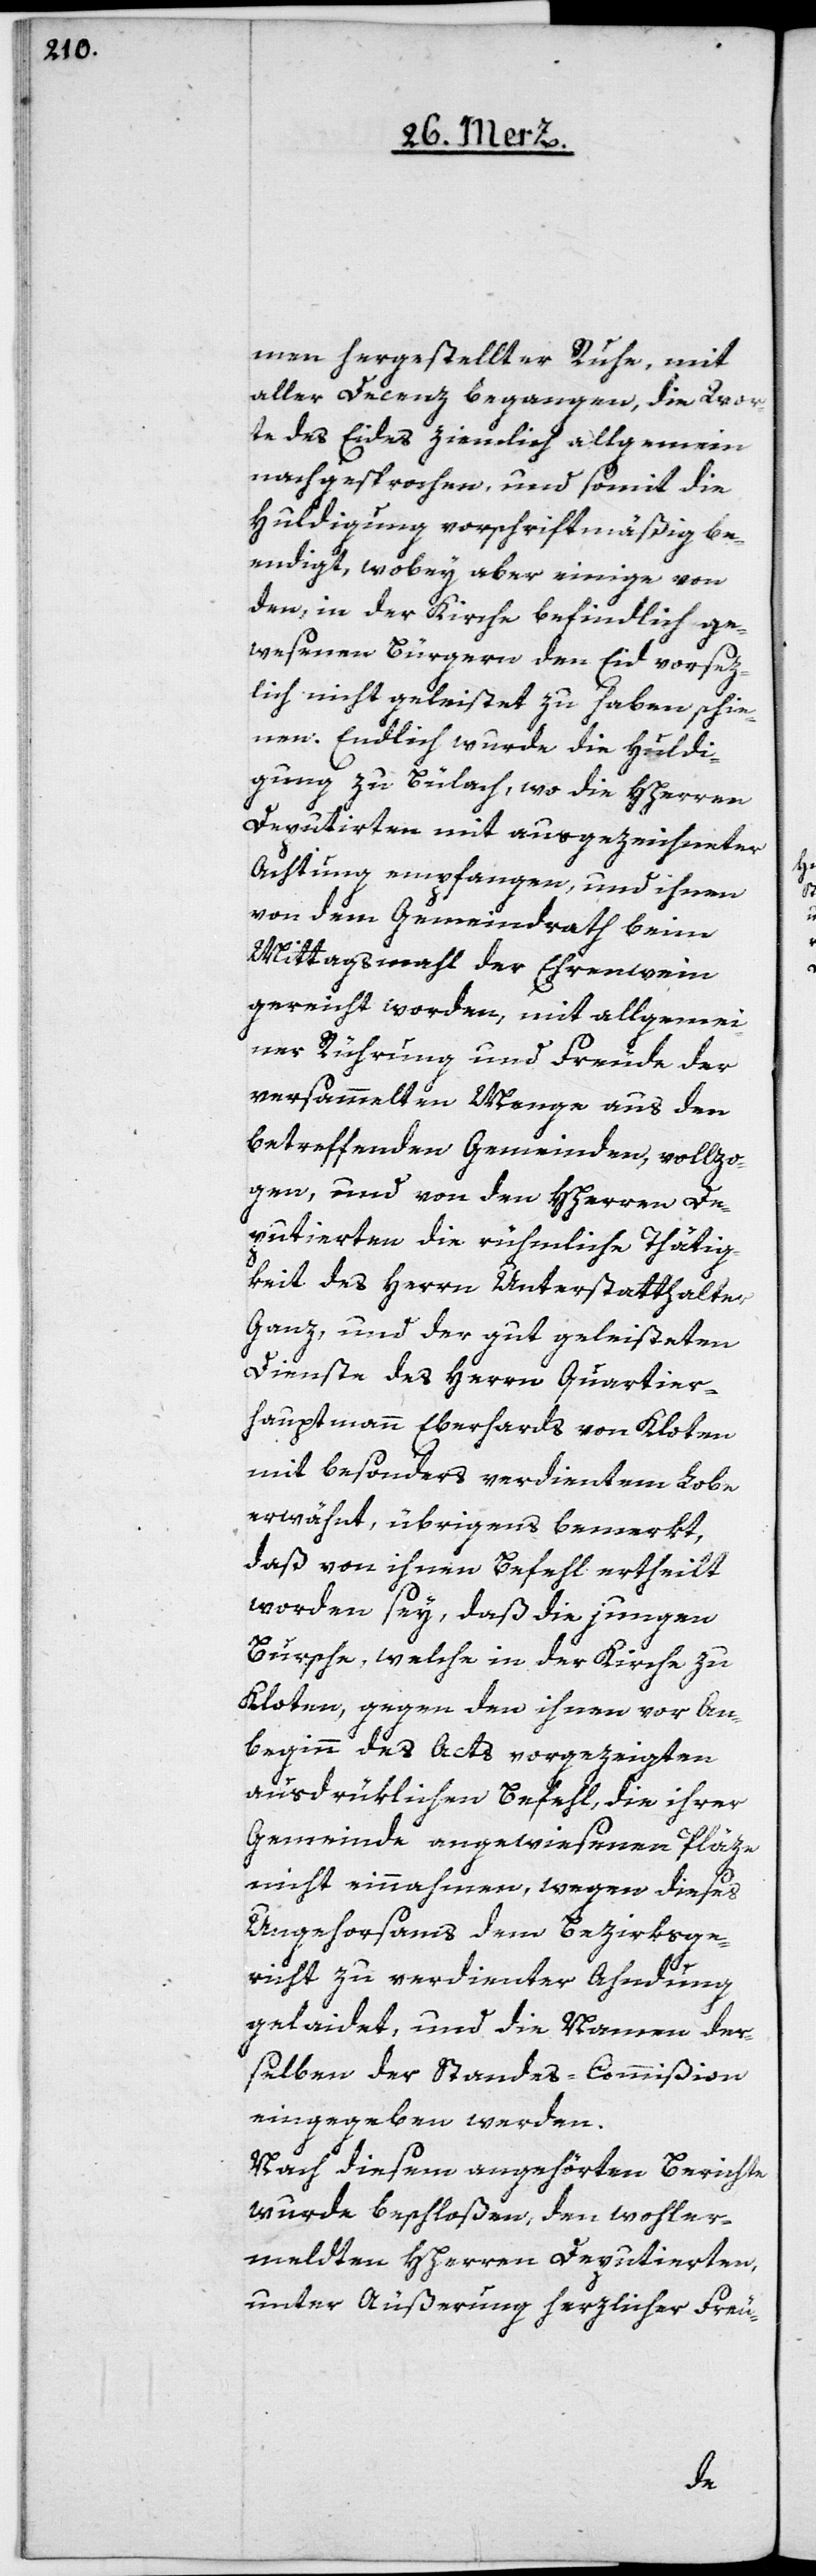
men hergestellter Ruhe, mit
aller Decenz begangen, die Wor¬
te des Eids ziemlich allgemein
nachgesprochen, und somit die
Huldigung vorschriftsmäßig be¬
endigt, wobey aber einige von
den, in der Kirche befindlich ge¬
wesenen Bürgern den Eid vorsez¬
lich nicht geleistet zu haben schie¬
nen. Endlich wurde die Huldi¬
gung zu Bülach, wo die HHerren
Deputirten mit ausgezeichneter
Achtung empfangen, und ihnen
von dem Gemeindrath beim
Mittagsmahl der Ehrenwein
gereicht worden, mit allgemei¬
ner Rührung und Freude der
versammelten Menge aus den
betreffenden Gemeinden, vollzo¬
gen, und von den HHerren De¬
putierten die rühmliche Thätig¬
keit des Herrn Unterstatthalter
Ganz, und der gut geleisteten
Dienste des Herrn Quartier¬
hauptmann Eberhards von Kloten
mit besonders verdientem Lobe
erwähnt, übrigens bemerkt,
daß von ihnen Befehl ertheilt
worden sey, daß die jungen
Bursche, welche in der Kirche zu
Kloten, gegen den ihnen vor An¬
beginn des Acts vorgezeigten
ausdrüklichen Befehl, die ihrer
Gemeinde angewiesenen Pläze
nicht einnahmen, wegen dieses
Ungehorsams dem Bezirksge¬
richt zu verdienter Ahndung
gelaidet, und die Namen der¬
selben der Standes-Commißion
eingegeben werden.
Nach diesem angehörten Berichte
wurde beschloßen, den wohler¬
meldten HHerren Deputierten,
unter Äußerung herzlicher Freu-